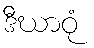
ဒီဃာဝုံ